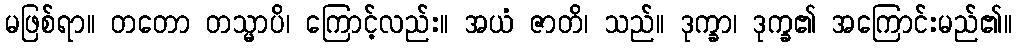
မဖြစ်ရာ။ တတော တသ္မာပိ၊ ကြောင့်လည်း။ အယံ ဇာတိ၊ သည်။ ဒုက္ခာ၊ ဒုက္ခ၏ အကြောင်းမည်၏။